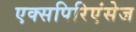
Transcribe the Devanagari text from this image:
एक्सपिरिएंसेज